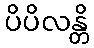
ပိပိလန္တိ